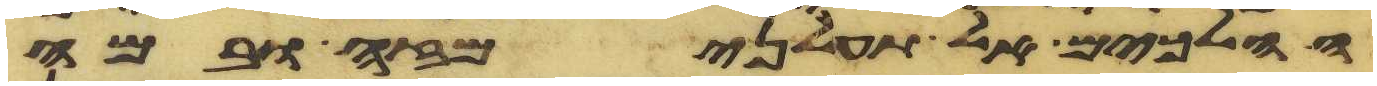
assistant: הלכים אל תעלני מזה ובמה